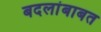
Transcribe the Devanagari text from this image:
बदलांबाबत